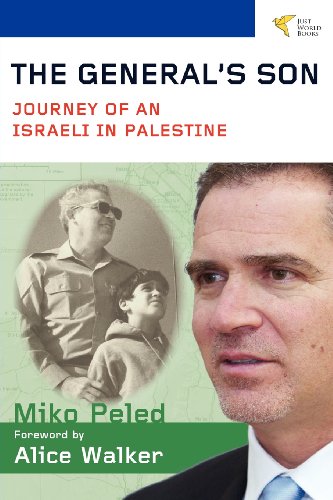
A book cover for The General's Son: Journey of an Israeli in Palestine; Miko Peled; History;